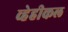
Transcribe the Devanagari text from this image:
व्हेहीकल